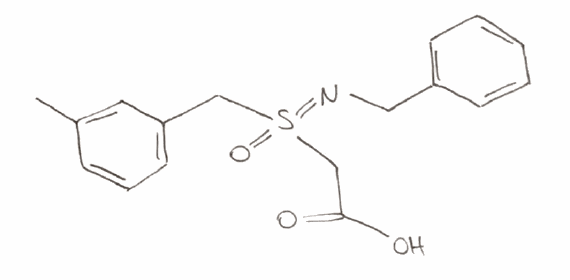
Simplified molecular-input line-entry system (SMILES) notation of the given molecule:
CC1=CC(=CC=C1)CS(=NCC2=CC=CC=C2)(=O)CC(=O)O